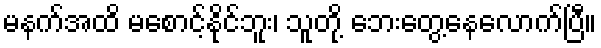
မနက်အထိ မစောင့်နိုင်ဘူး၊ သူတို့ ဘေးတွေ့နေလောက်ပြီ။